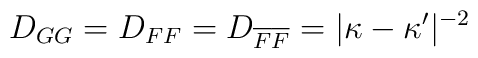
D_{GG} = D_{FF} = D_{\overline F \overline F} = \vert \kappa -\kappa^{\prime } \vert^{-2}